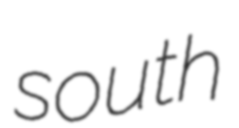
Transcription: south